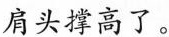
肩头撑高了。